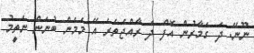
ނޫނޭ. ދަ ގަމާރުން އޮފް ދަ ރާއްޖެތެރެ އޭ މަމެން ބުނަން ނެތީމު